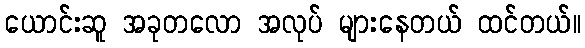
ယောင်းဆူ အခုတလော အလုပ် များနေတယ် ထင်တယ်။